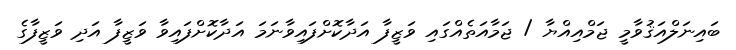
ބައިނަލްއަޤުވާމީ ޖަމްއިއްޔާ / ޖަމާއަތެއްގައި ވަޒީފާ އަދާކޮށްފައިވާނަމަ އަދާކޮށްފައިވާ ވަޒީފާ އަދި ވަޒީފާގެ